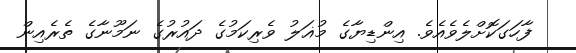
ފާހަގަކޮށްލެވެއެވެ. އިންޑިޔާގެ މުޣަލު ވެރިކަމުގެ ދައުރުގެ ނަމޫނާގެ ތެރެއިން